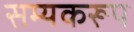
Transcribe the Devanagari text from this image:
सम्यकरूप